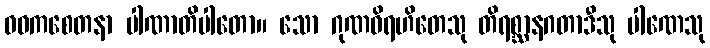
ဝဓကစေတနာ ပါဏာတိပါတော။ သော ဂုဏဝိရဟိတေသု တိရစ္ဆာနဂတာဒီသု ပါဏေသု